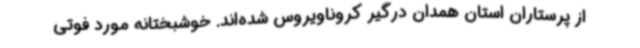
از پرستاران استان همدان درگیر کروناویروس شده‌اند. خوشبختانه مورد فوتی